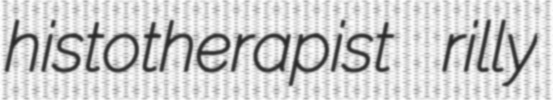
histotherapist rilly